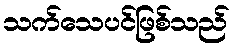
သက်သေပင်ဖြစ်သည်